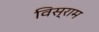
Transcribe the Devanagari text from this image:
विस्‌राम